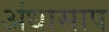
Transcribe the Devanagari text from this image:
अंधासाप